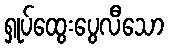
ရှုပ်ထွေးပွေလီသော